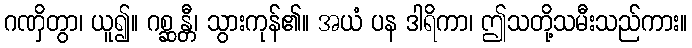
ဂဏှိတွာ၊ ယူ၍။ ဂစ္ဆန္တီ၊ သွားကုန်၏။ အယံ ပန ဒါရိကာ၊ ဤသတို့သမီးသည်ကား။